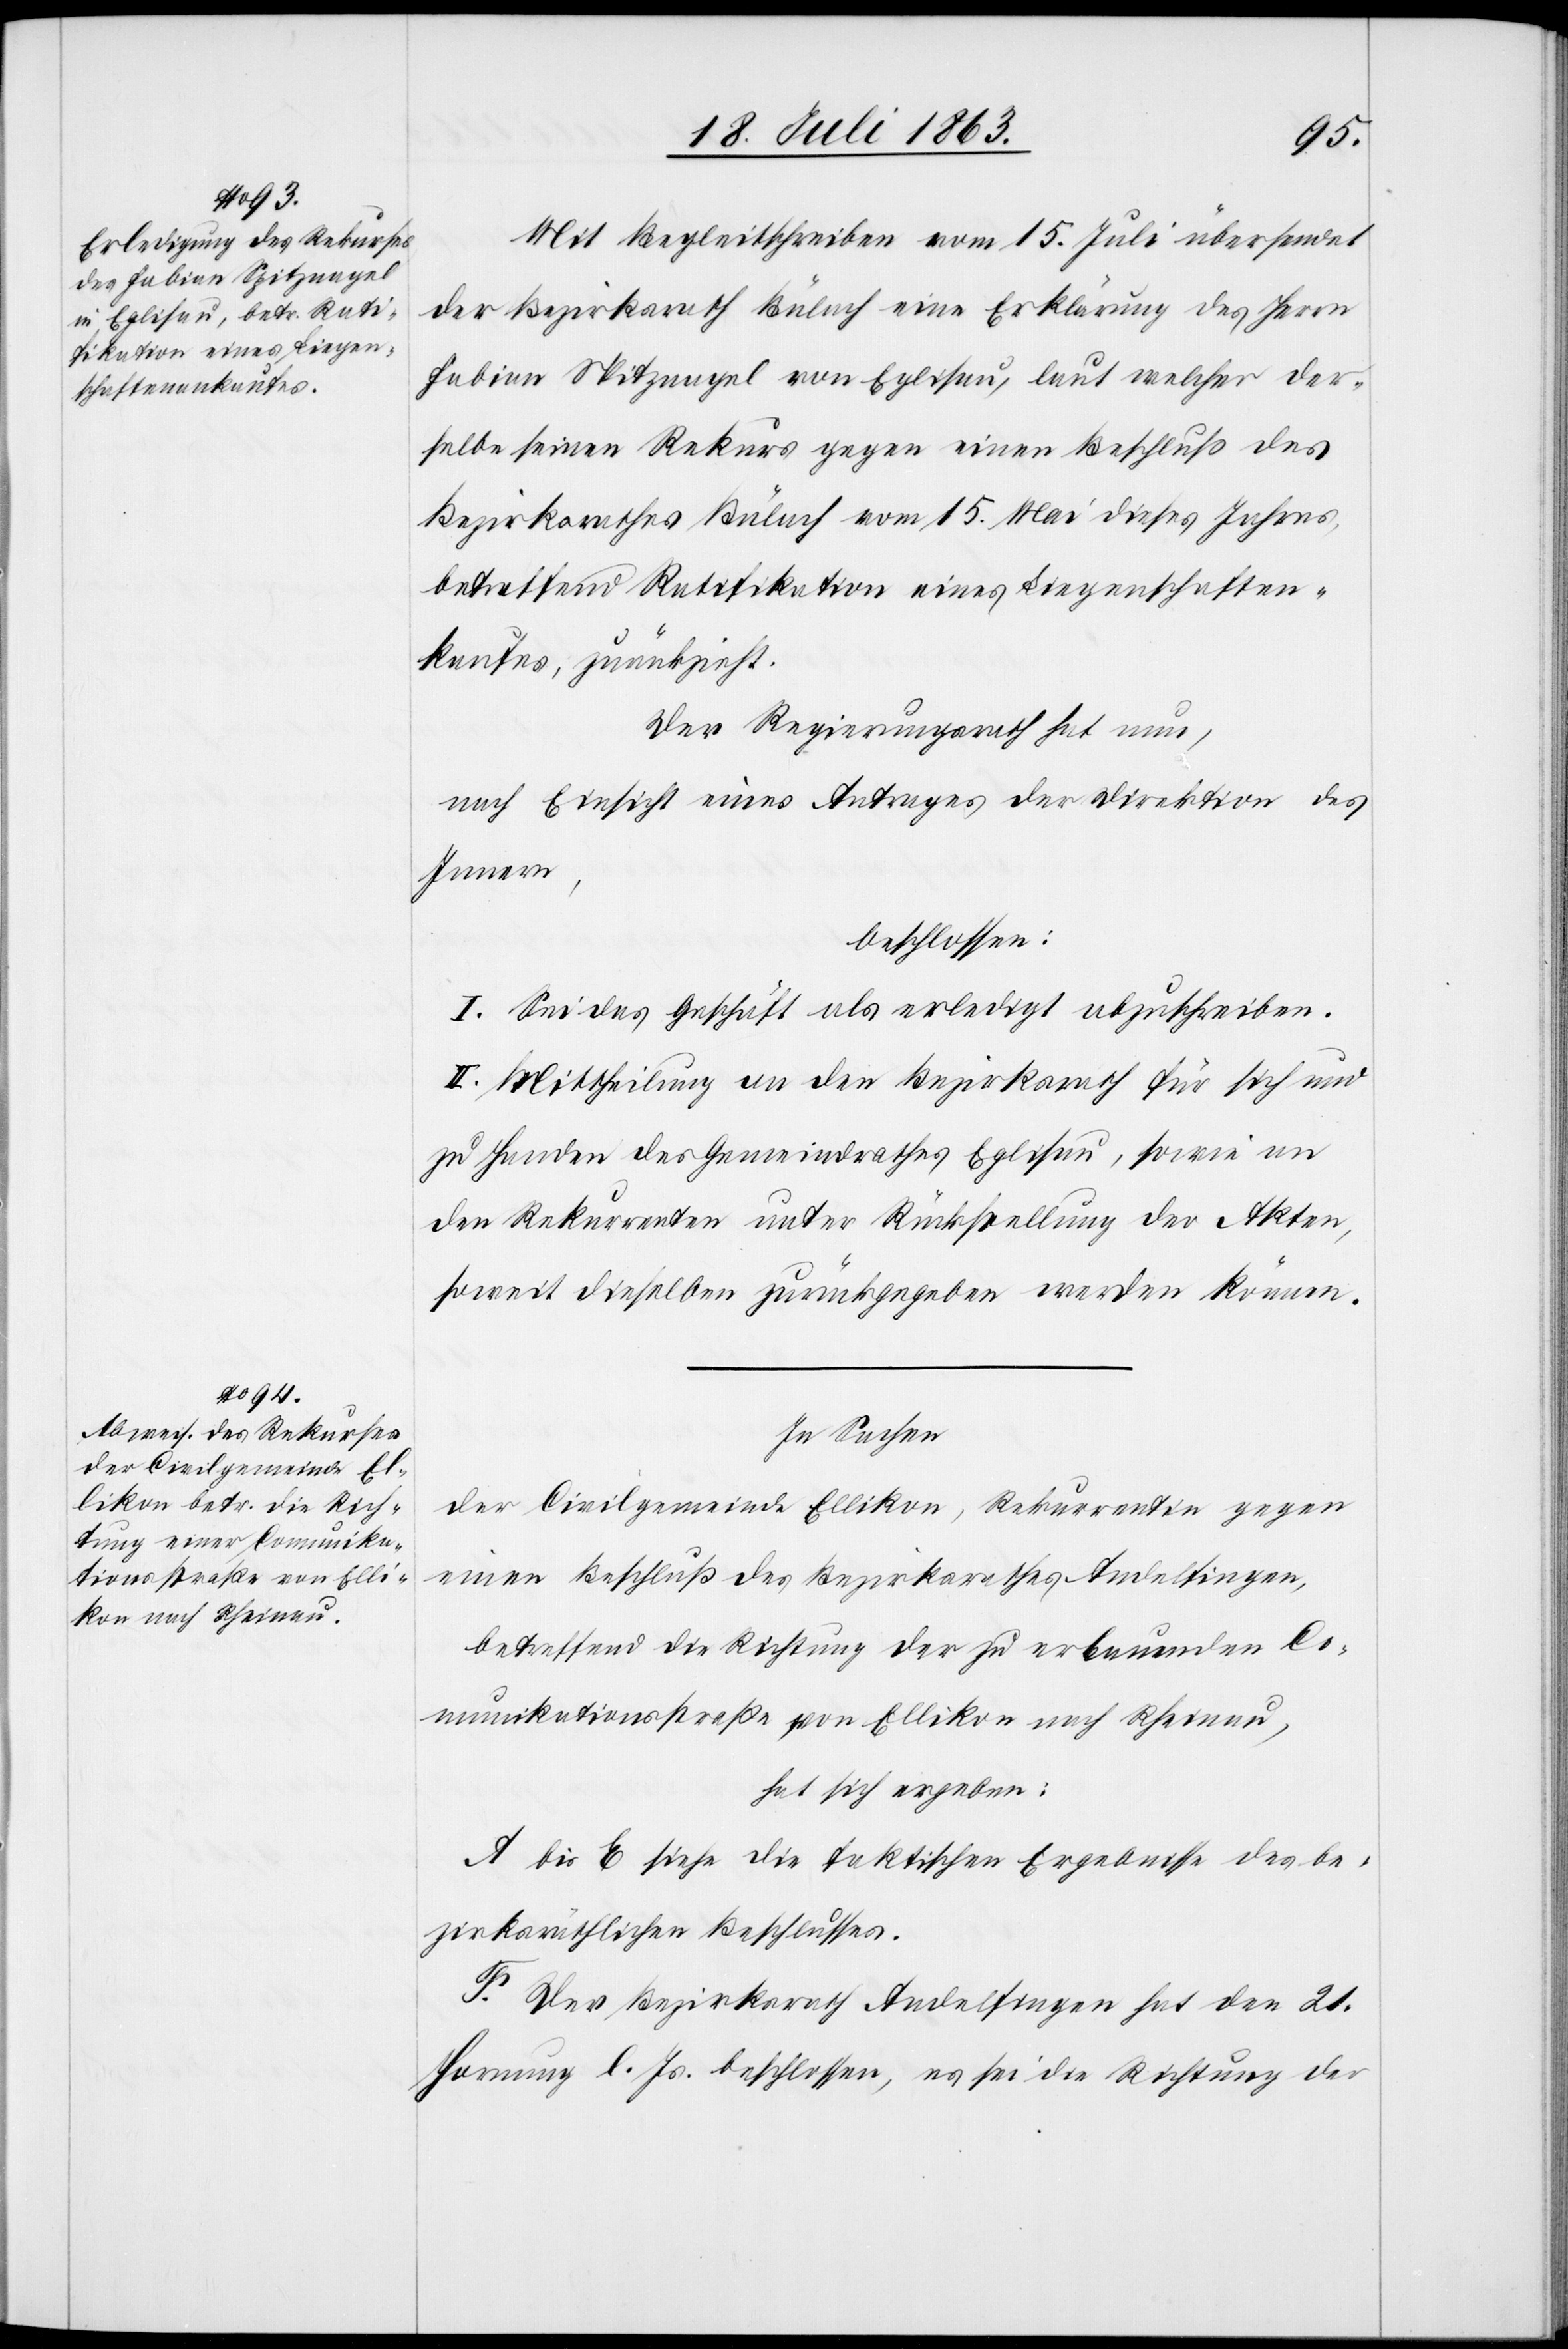
Mit Begleitschreiben vom 15. Juli übersendet
der Bezirksrath Bülach eine Erklärung des Herrn
Fabian Spitznagel von Eglisau, laut welcher der¬
selbe seinen Rekurs gegen einen Beschluß des
Bezirksrathes Bülach vom 15. Mai dieses Jahres,
betreffend Ratifikation eines Liegenschaften¬
kaufes, zurückzieht.
Der Regierungsrath hat nun,
nach Einsicht eines Antrages der Direktion des
Innern,
beschlossen:
I. Sei das Geschäft als erledigt abzuschreiben.
II. Mittheilung an den Bezirksrath für sich und
zu Handen des Gemeindrathes Eglisau, sowie an
den Rekurrenten unter Rückstellung der Akten,
soweit dieselben zurückgegeben werden können.
In Sachen
der Civilgemeinde Ellikon, Rekurrentin gegen
einen Beschluß des Bezirksrathes Andelfingen,
betreffend die Richtung der zu erbauenden Co¬
munikationsstraße von Ellikon nach Rheinau,
hat sich ergeben:
A bis E siehe die faktischen Ergebnisse des be¬
zirksräthlichen Beschlusses.
F. Der Bezirksrath Andelfingen hat den 21.
Hornung l. Js. beschlossen, es sei die Richtung der